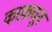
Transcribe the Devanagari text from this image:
करकचून